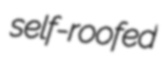
self-roofed